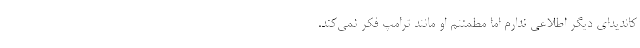
کاندیدای دیگر اطلاعی ندارم اما مطمئنم او مانند ترامپ فکر نمی‌کند.